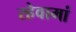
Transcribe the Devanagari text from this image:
रहेवामां